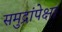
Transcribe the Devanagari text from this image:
समुद्रांपेक्षा